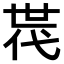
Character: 𠁀